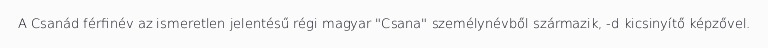
A Csanád férfinév az ismeretlen jelentésű régi magyar "Csana" személynévből származik, -d kicsinyítő képzővel.